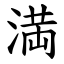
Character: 満